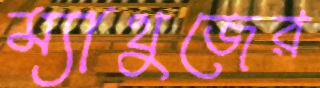
ম্যাথুজের